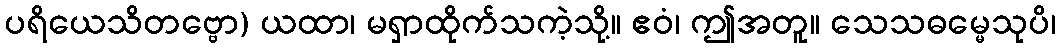
ပရိယေသိတဗ္ဗော) ယထာ၊ မရှာထိုက်သကဲ့သို့။ ဧဝံ၊ ဤအတူ။ သေသဓမ္မေသုပိ၊